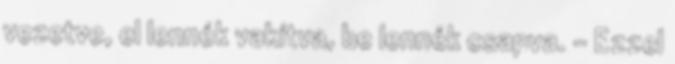
vezetve, el lennék vakítva, be lennék csapva. - Ezzel